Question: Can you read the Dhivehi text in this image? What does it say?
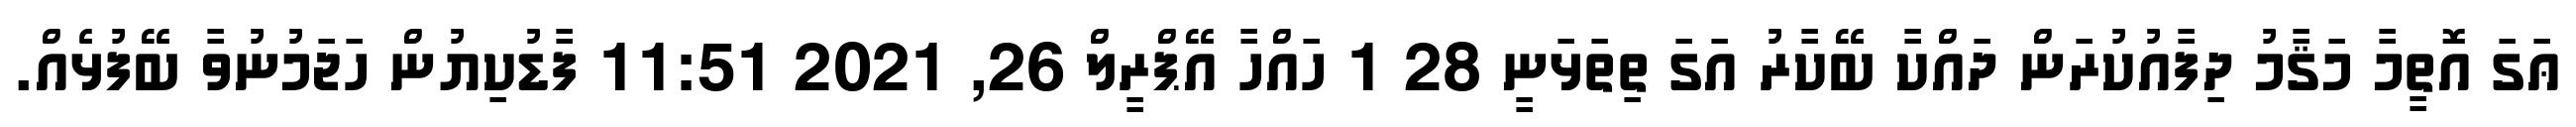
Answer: ޢަގަ އޮތީމާ މަޤާމު ދިފާއުކުރަން ދައްކާ ބޭކާރު އަގަ ތިތަޅަނީ 28 1 ހައްހާ އޭޕްރީލް 26, 2021 11:51 ފާޑުކިޔުން ހަޖަމުނުވާ ބޭފުޅެއް.